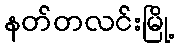
နတ်တလင်းမြို့